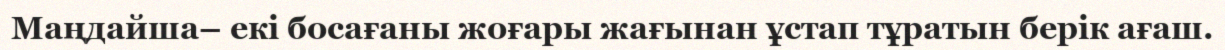
Маңдайша– екі босағаны жоғары жағынан ұстап тұратын берік ағаш.